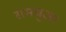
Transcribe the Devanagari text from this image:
रामचुआ